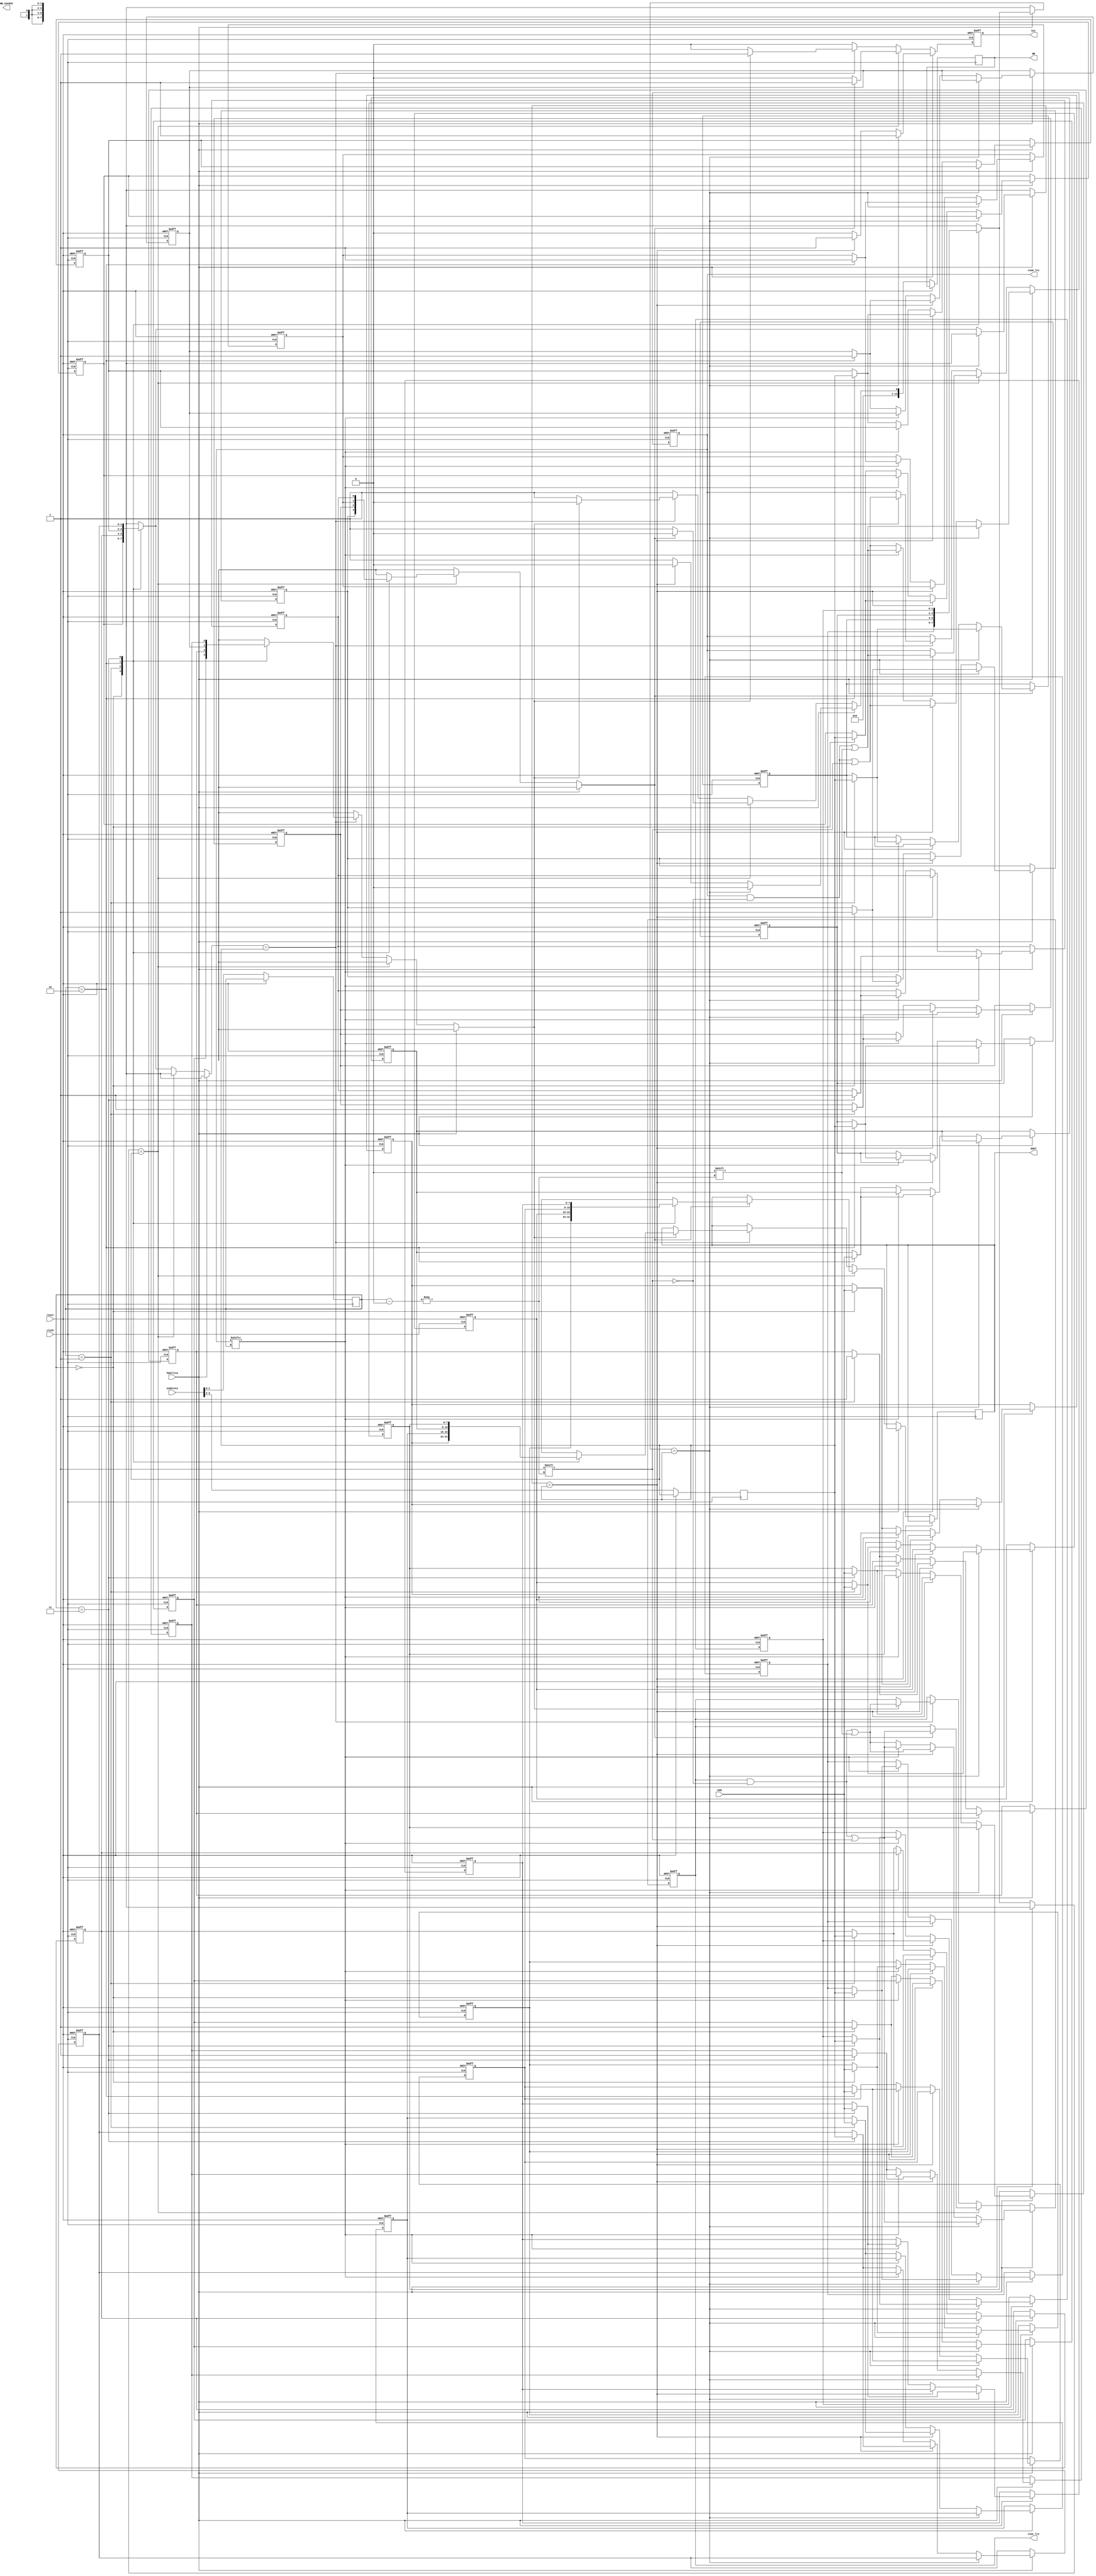
module cache_ass_conj(reset, clock, habilita, endereco, DIN, hit,  WB_needed, DOUT, WB, via0_lru, via1_lru);
	input reset, clock, habilita;
	input [3:0] endereco;
	input [7:0] DIN;
	output reg hit;
	output reg WB_needed;
	output reg [7:0] DOUT;	// Dado retornado (lido ou escrito)
	output reg [13:0] WB;

	//Ignorar os WB (Apenas deixamos para possibilidade de implementacao futura de um write back)
	// Nao usamos uma matriz para que o codigo fique mais
	// compreensivel
	// Via 0
	reg via0_v[3:0];				//Valido
	reg via0_d[3:0];				//Dirty
	reg [1:0] via0_tags[3:0];	//Tags
	reg [7:0] via0_data[3:0];	//Dados
	output reg [3:0]via0_lru;	//LRU
	
	// Via 1
	reg via1_v[3:0];				//Valido
	reg via1_d[3:0];				//Dirty
	reg [1:0] via1_tags[3:0];	//Tags
	reg [7:0] via1_data[3:0];	//Dados
	output reg [3:0]via1_lru;	//LRU
	
	// Variaveis auxiliares
	reg [1:0] index, tag;	
	
	// LEGENDA
	// Palavra menos recente: LRU = 1
	// Palavra mais recente: LRU = 0
	// Hit: hit = 1; Miss: hit = 0;
	

	always @(posedge clock, posedge reset) begin				// Logica de implementacao
		if (reset) begin
//    T	I     T  I
//		00 00		10 00
//		00 01		10 01
//		00 10		10 10
//		00 11		10 11
//		01 00		11 00
//		01 01		11 01
//		01 10		11 10
//		01 11		11 11
	
		// TODO: 
		// Inicializando via 0
		via0_v[0] <= 1'b0;
		via0_v[1] <= 1'b1;
		via0_v[2] <= 1'b0;
		via0_v[3] <= 1'b1;
															//VIA 0
		via0_d[0] <= 1'b0;							//0001	invalido  dado = 1     LRU=0
		via0_d[1] <= 1'b0;							//1101   valido	 dado = 2	  LRU=1
		via0_d[2] <= 1'b0;							//1011   invalido  dado = 4	  LRU=1
		via0_d[3] <= 1'b0;							//1110	valido    dado = 7     LRU=0
		
		via0_tags[0] <= 2'b01;
		via0_tags[1] <= 2'b11;
		via0_tags[2] <= 2'b11;
		via0_tags[3] <= 2'b10;
		
		via0_data[0] <= 8'b00000001;	//1
		via0_data[1] <= 8'b00000010;	//2
		via0_data[2] <= 8'b00000100;	//4
		via0_data[3] <= 8'b00000111;	//7
		
		via0_lru[0] <= 1'b0;
		via0_lru[1] <= 1'b1;
		via0_lru[2] <= 1'b1;
		via0_lru[3] <= 1'b0;
		
		// Inicializando via 1
		via1_v[0] <= 1'b0;
		via1_v[1] <= 1'b1;
		via1_v[2] <= 1'b1;
		via1_v[3] <= 1'b0;
															//VIA 1
		via1_d[0] <= 1'b0;							//0011 invalido dado = 10       LRU=1
		via1_d[1] <= 1'b1;							//0101 valido   dado = 8		  LRU=0
		via1_d[2] <= 1'b0;							//1010 valido   dado = 6		  LRU=0
		via1_d[3] <= 1'b0;  							//1111 invalido dado = 4		  LRU=1
		
		via1_tags[0] <= 2'b11;
		via1_tags[1] <= 2'b01;
		via1_tags[2] <= 2'b10;
		via1_tags[3] <= 2'b11;
		
		via1_data[0] <= 8'b00001010; //10
		via1_data[1] <= 8'b00001000; //8
		via1_data[2] <= 8'b00000110; //6
		via1_data[3] <= 8'b00000100; //4
		
		via1_lru[0] <= 1'b1;
		via1_lru[1] <= 1'b0;
		via1_lru[2] <= 1'b0;
		via1_lru[3] <= 1'b1;
		hit = 0;
	end else begin
			// Desmembrando o endereco
			index <= endereco[1:0];	//Indice 
			tag	<= endereco[3:2];	//TAG
			
			if (habilita) begin
				// Caso escrita
				if (via0_tags[index] == tag) begin		//CASO A VIA 0 POSSUA A RESPECTIVA TAG
					hit <= 1;									//Atualizacao de dados	
					via0_v[index] <= 1;	
					via0_d[index] <= 1;
					via0_tags[index][1:0] <= tag;
					via0_data[index][7:0] <= DIN;
					//Atualizacao do LRU
					via0_lru[index] <= 0;					
					via1_lru[index] <= 1;
					WB <= 0;
				end else if (via1_tags[index] == tag) begin	//CASO A VIA 1 POSSUA A RESPECTIVA TAG
					hit <= 1;											//Atualizacao de dados
					via1_v[index] <= 1;
					via1_d[index] <= 1;
					via1_tags[index][1:0] <= tag;
					via1_data[index][7:0] <= DIN;
					//Atualizacao do LRU
					via0_lru[index] <= 1;
					via1_lru[index] <= 0;
					WB <= 0;
				end else begin	
					//NENHUMA DAS VIAS ATENDERAM A CONDICAO
					hit <= 0;
					// TODO: Verificar WB
					if (via0_lru[index]) begin				//Se a LRU for a menos recente LRU = 1 entao...
						via0_v[index] <= 1;					//Atualizacao de dados
						via0_d[index] <= 1;
						via0_tags[index][1:0] <= tag;
						via0_data[index][7:0] <= DIN;
						//Atualizacao do LRU
						via0_lru[index] <= 0;
						via1_lru[index] <= 1;
						WB <= 1;
					end else begin
						via1_v[index] <= 1;
						via1_d[index] <= 1;
						via1_tags[index][1:0] <= tag;
						via1_data[index][7:0] <= DIN;						
						via0_lru[index] <= 1;
						via1_lru[index] <= 0;
						WB <= 1;
					end
				end
			end else begin
				// Caso leitura
				if (via0_tags[index] == tag) begin	//CASO A VIA 0 POSSUA A RESPECTIVA TAG
					if (via0_v[index]) begin			//SE FOR VALIDO
						hit <= 1;							//Atualizacao de dados
						// enviando dado
						DOUT <= via0_data[index];		//Saida do dado
						//Atualizacao do LRU
						via0_lru[index] <= 0;			
						via1_lru[index] <= 1;
						WB <= 0;
					end else begin
						// A tag existe no conjunto, mas nao e valida --- MISS
						// WB
						hit <= 0;
						WB <= 1;
					end
				end else if (via1_tags[index] == tag) begin	//CASO A VIA 1 POSSUA A TAG
					if (via1_v[index]) begin						//SE FOR VALIDO
						hit <= 1;										//Atualizacao de dados
						// enviando dado
						DOUT <= via1_data[index];		//Saida do dado
						//Atualizacao do LRU
						via0_lru[index] <= 1;
						via1_lru[index] <= 0;
						WB <= 0;
					end else begin
						// A tag existe no conjunto, mas nao e valida
						hit <= 0;  //MISS
						WB <= 1;
						// WB
					end
				end else begin
					// A cache nao existe no conjunto
					hit <= 0;
					WB <= 1;
					// WB;
				end
			end
		end
	end
endmodule